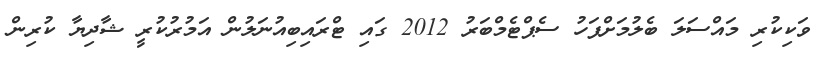
ވަކިކުރި މައްސަލަ ބެލުމަށްފަހު ސެޕްޓެމްބަރު 2012 ގައި ޓްރައިބިއުނަލުން އަމުރުކުރީ ޝާދިޔާ ކުރިން